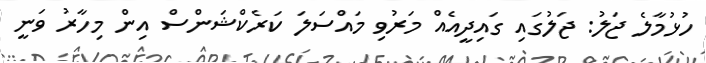
ހުޅުމާލެ ޖަލު: ޖަލުގައި ގައިދީއެއް މަރުވި މައްސަލަ ކަރެކްޝަންސް އިން މިހާރު ވަނީ